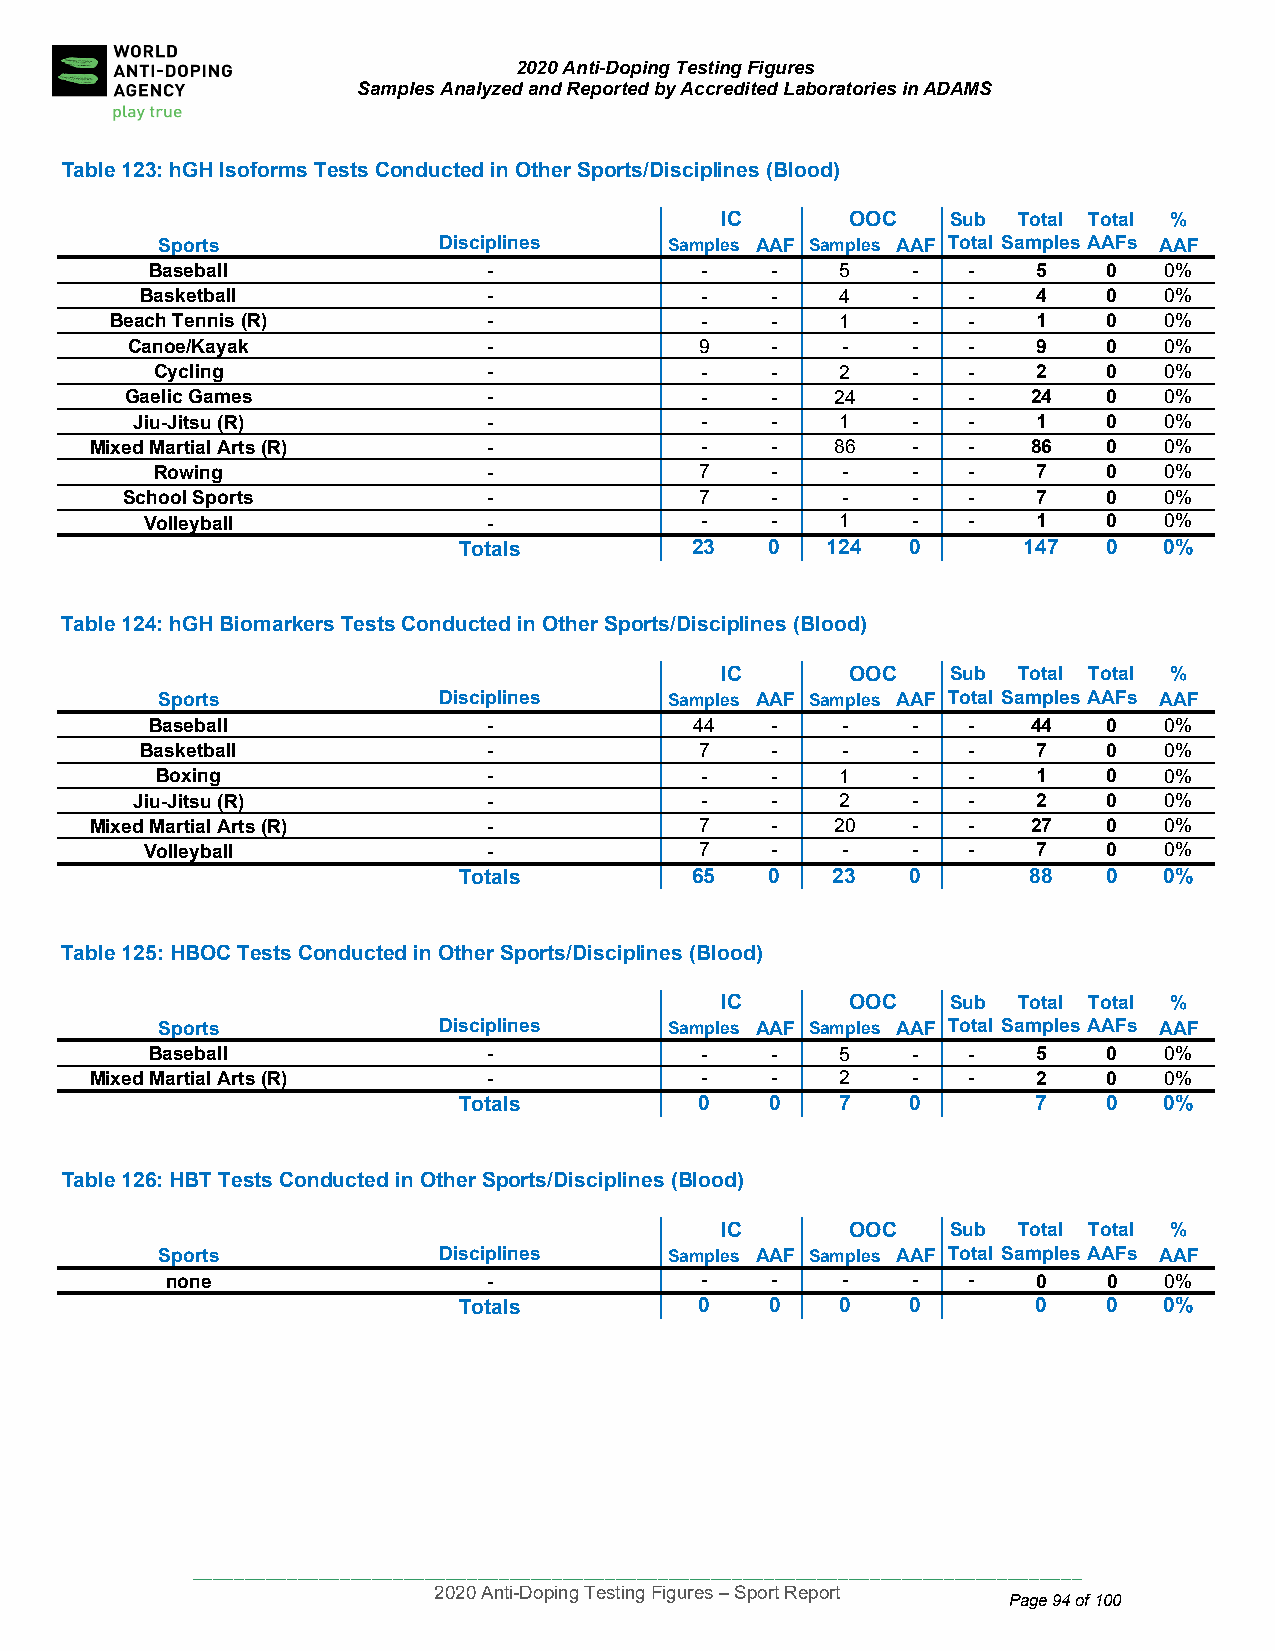
2020 Anti-Doping Testing Figures
 Samples Analyzed and Reported by Accredited Laboratories in ADAMS
 Table 123: hG H Isoforms Tests Conducted in Other Sports/Disciplines (Blood)
 IC      OOC    Sub Total Total %
 Sports             Disciplines    Samples AAF Samples AAF Total SamplesAAFs AAF
 Baseball              -             -    -    5   -   -    5   0   0%
 Basketball             -             -    -    4   -   -    4   0   0%
 Beach Tennis (R)         -             -    -    1   -   -    1   0   0%
 Canoe/ Kayak            -             9    -    -   -   -    9   0   0%
 Cyc ling              -             -    -    2   -   -    2   0   0%
 Gaelic Games            -             -    -   24   -   -   24   0   0%
 Jiu-Jit su (R)         -             -    -    1   -   -    1   0   0%
 Mixed Mart ial Arts (R)   -             -    -   86   -   -   86   0   0%
 Rowing                -             7    -    -   -   -    7   0   0%
 School Sports           -             7    -    -   -   -    7   0   0%
 Volleyball            -             -    -    1   -   -    1   0   0%
 Totals          23   0   124  0       147  0   0%
 Table 124: hG H Biomarkers Tests Conducted in Other Sports/Disciplines (Blood)
 IC      OOC    Sub Total Total %
 Spo rts            Disciplines    Samples AAF Samples AAF Total SamplesAAFs AAF
 Base ball             -             44   -    -   -   -   44   0   0%
 Basketball             -             7    -    -   -   -    7   0   0%
 Boxing                -             -    -    1   -   -    1   0   0%
 Jiu-Jitsu (R)          -             -    -    2   -   -    2   0   0%
 Mixed Martial Arts (R)    -             7    -   20   -   -   27   0   0%
 Volleyball            -             7    -    -   -   -    7   0   0%
 Totals          65   0   23   0       88   0   0%
 Table 125: HB OC Tests Conducted in Other Sports/Disciplines (Blood)
 IC      OOC    Sub Total Total %
 Sports             Disciplines    Samples AAF Samples AAF Total SamplesAAFs AAF
 Baseball              -             -    -    5   -   -    5   0   0%
 Mixed Martial Arts (R)    -             -    -    2   -   -    2   0   0%
 Totals          0    0    7   0        7   0   0%
 Table 126: HB T Tests Conducted in Other Sports/Disciplines (Blood)
 IC      OOC    Sub Total Total %
 Sports             Disciplines    Samples AAF Samples AAF Total SamplesAAFs AAF
 none                 -             -    -    -   -   -    0   0   0%
 Totals          0    0    0   0        0   0   0%
 ____________________________________________________________________________________
 2020 Anti-Doping Testing Figures – Sport Report
 Page 94 of 100